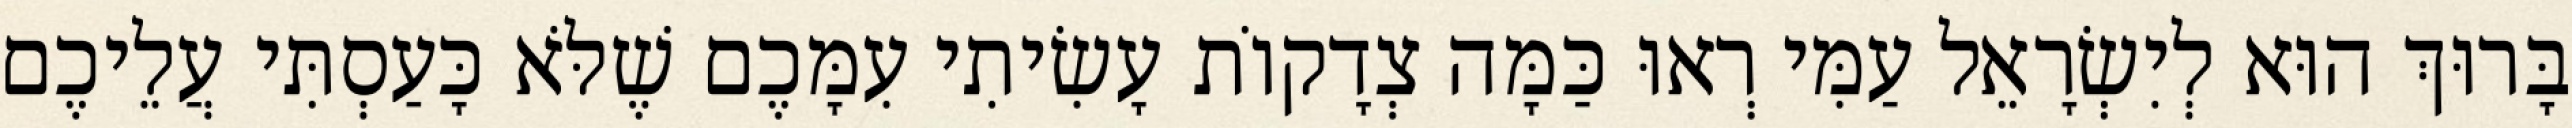
בָּרוּךְ הוּא לְיִשְׂרָאֵל עַמִּי רְאוּ כַּמָּה צְדָקוֹת עָשִׂיתִי עִמָּכֶם שֶׁלֹּא כָּעַסְתִּי עֲלֵיכֶם